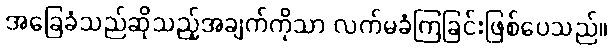
အခြေခံသည်ဆိုသည့်အချက်ကိုသာ လက်မခံကြခြင်းဖြစ်ပေသည်။